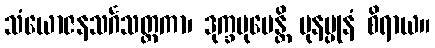
သံယောဇနသင်္ဂသတ္တကာ၊ ဒုက္ခမုပေန္တိ ပုနပ္ပုနံ စိရာယ။